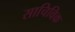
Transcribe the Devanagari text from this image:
साचिविक